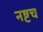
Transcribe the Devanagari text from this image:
नष्टच